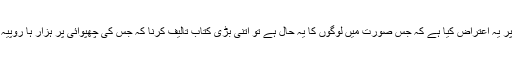
بمقتضائے بشریت کے ہم پر یہ اعتراض کیا ہے کہ جس صورت میں لوگوں کا یہ حال ہے تو اتنی بڑی کتاب تالیف کرنا کہ جس کی چھپوائی پر ہزار ہا روپیہ خرچ آتا ہے بے موقع تھا۔